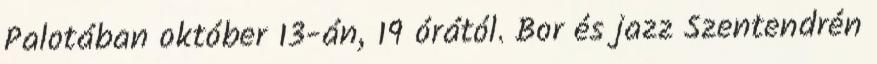
Palotában október 13-án, 19 órától. Bor és jazz Szentendrén